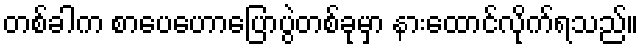
တစ်ခါက စာပေဟောပြောပွဲတစ်ခုမှာ နားထောင်လိုက်ရသည်။